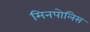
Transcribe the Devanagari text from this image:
मिनपोलिस